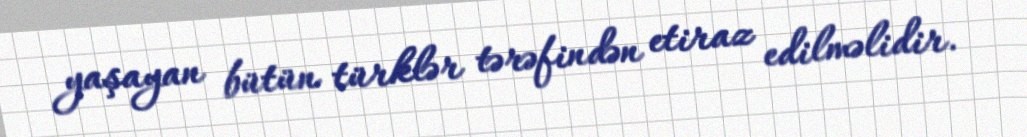
yaşayan bütün türklər tərəfindən etiraz edilməlidir.